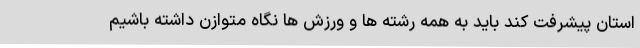
استان پیشرفت کند باید به همه رشته ها و ورزش ها نگاه متوازن داشته باشیم